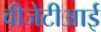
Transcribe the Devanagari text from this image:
वीजेटीआई